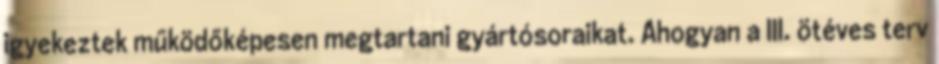
igyekeztek működőképesen megtartani gyártósoraikat. Ahogyan a III. ötéves terv